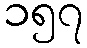
၁၅၇